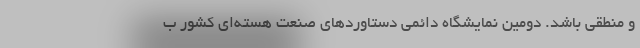
و منطقی باشد. دومین نمایشگاه دائمی دستاوردهای صنعت هسته‌ای کشور ب